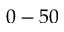
0 - 5 0